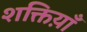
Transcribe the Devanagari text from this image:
शक्तिय़ाँ